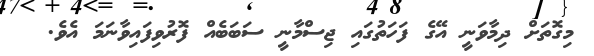
މިގޮތަށް ދިމާވަނީ އޭގެ ފަހަތުގައި ޖިސްމާނީ ސަބަބެއް ފޮރުވިފައިވާނަމަ އެވެ.